Indian journal of veterinary science and animal husbandry - Volume 5,
Year: 1935
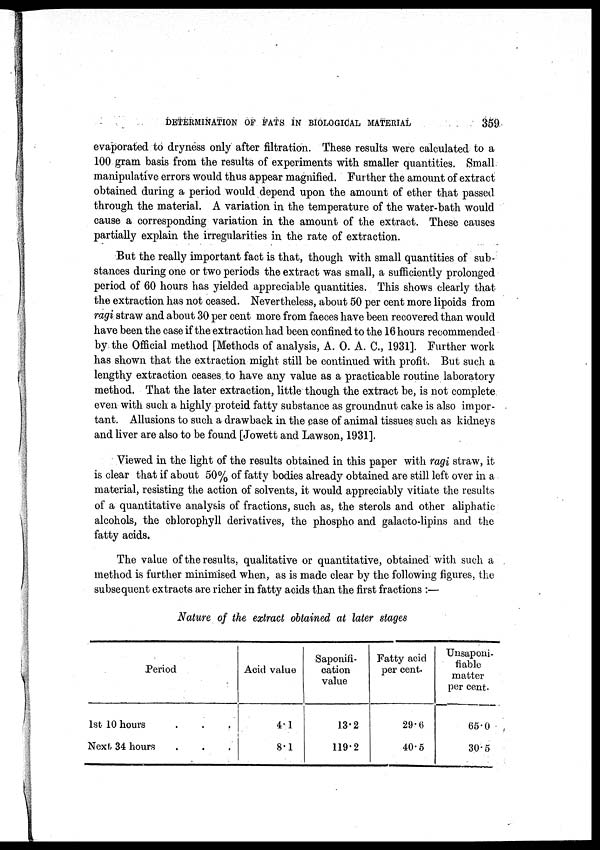
DETERMINATION OF FATS IN BIOLOGICAL MATERIAL
359
evaporated to dryness only after filtration. These results were calculated to a
100 gram basis from the results of experiments with smaller quantities. Small
manipulative errors would thus appear magnified. Further the amount of extract
obtained during a period would depend upon the amount of ether that passed
through the material. A variation in the temperature of the water-bath would
cause a corresponding variation in the amount of the extract. These causes
partially explain the irregularities in the rate of extraction.
But the really important fact is that, though with small quantities of sub-
stances during one or two periods the extract was small, a sufficiently prolonged
period of 60 hours has yielded appreciable quantities. This shows clearly that
the extraction has not ceased. Nevertheless, about 50 per cent more lipoids from
ragi straw and about 30 per cent more from faeces have been recovered than would
have been the case if the extraction had been confined to the 16 hours recommended
by the Official method [Methods of analysis, A. O. A. C, 1931]. Further work
has shown that the extraction might still be continued with profit. But such a
lengthy extraction ceases to have any value as a practicable routine laboratory
method. That the later extraction, little though the extract be, is not complete
even with such a highly proteid fatty substance as groundnut cake is also impor-
tant. Allusions to such a drawback in the case of animal tissues such as kidneys
and liver are also to be found [Jowett and Lawson, 1931].
Viewed in the light of the results obtained in this paper with ragi straw, it
is clear that if about 50% of fatty bodies already obtained are still left over in a
material, resisting the action of solvents, it would appreciably vitiate the results
of a quantitative analysis of fractions, such as, the sterols and other aliphatic.
alcohols, the chlorophyll derivatives, the phospho and galacto-lipins and the
fatty acids.
The value of the results, qualitative or quantitative, obtained'with such a
method is further minimised when, as is made clear by the following figures, the
subsequent extracts are richer in fatty acids than the first fractions :—
Nature of the extract obtained at later stages
Period
1st 10 hours . . .
Next 34 hours . . .
Acid value
4.1
8.1
Saponifi-
cation
value
13.2
119.2
Fatty acid
per cent.
29.6
40.5
Unsaponi.
fiablo
matter
per cent.
65.0
30.5